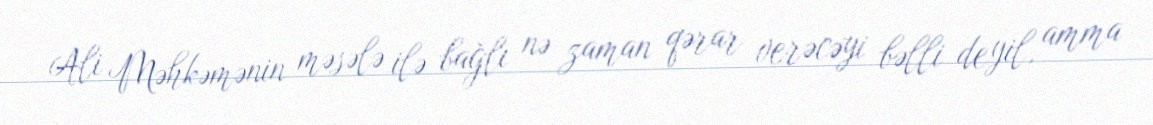
Ali Məhkəmənin məsələ ilə bağlı nə zaman qərar verəcəyi bəlli deyil, amma